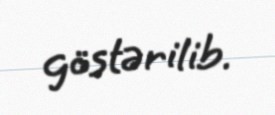
göstərilib.